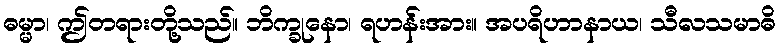
ဓမ္မာ၊ ဤတရားတို့သည်။ ဘိက္ခုနော၊ ရဟန်းအား။ အပရိဟာနာယ၊ သီလသမာဓိ